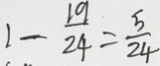
1 - \frac { 1 9 } { 2 4 } = \frac { 5 } { 2 4 }